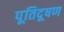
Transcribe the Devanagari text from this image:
पूतिदूषण